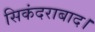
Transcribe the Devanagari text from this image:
सिकंदराबाद।